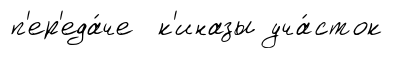
п'ер'еда́че к'иназы уча́сток